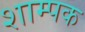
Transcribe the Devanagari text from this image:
शाम्पक